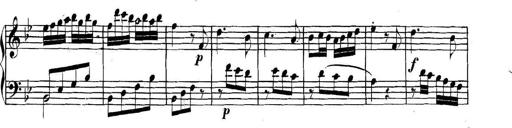
Title: Collected Piano Sonatas
Composer: Muzio Clementi